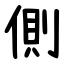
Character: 側